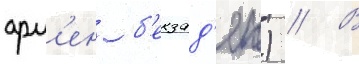
арм'ен б'екзад'ян) // В